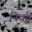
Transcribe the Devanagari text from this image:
निर्वृत्त